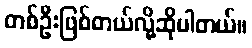
တစ်ဦးဖြစ်တယ်လို့ဆိုပါတယ်။